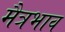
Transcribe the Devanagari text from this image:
मैत्रभाव